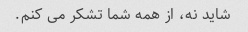
شاید نه، از همه شما تشکر می کنم.